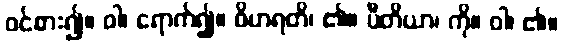
ဝင်စား၍။ ဝါ၊ ရောက်၍။ ဝိဟရတိ၊ ၏။ ပီတိယာ၊ ကို။ ဝါ၊ ၏။